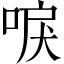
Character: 唳